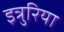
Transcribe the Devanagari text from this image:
इत्रुरिया